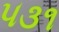
૫૩૧